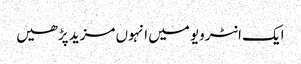
ایک انٹرویو میں انہوں مزید پڑھیں